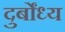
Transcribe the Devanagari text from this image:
दुर्बोंध्य